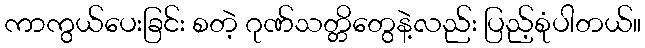
ကာကွယ်ပေးခြင်း စတဲ့ ဂုဏ်သတ္တိတွေနဲ့လည်း ပြည့်စုံပါတယ်။